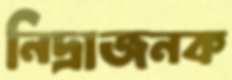
নিদ্রাজনক